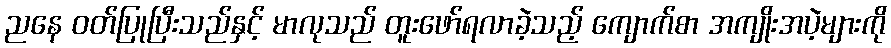
ညနေ ဝတ်ပြုပြီးသည်နှင့် မာလုသည် တူးဖော်ရလာခဲ့သည့် ကျောက်စာ အကျိုးအပဲ့များကို